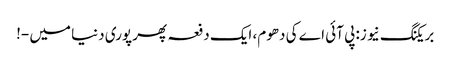
بریکنگ نیو ز: پی آئی اے کی دھوم، ایک دفعہ پھر پوری دنیا میں -!